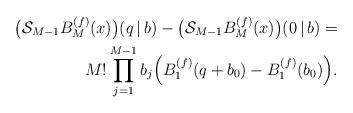
LaTeX: \begin{align*}\bigl(\mathcal{S}_{M-1} B^{(f)}_{M}(x)\bigr)(q\,|\,b) - \bigl(\mathcal{S}_{M-1} B^{(f)}_{M}(x)\bigr)(0\,|\,b) = \\ M! \prod\limits_{j=1}^{M-1} b_j \Bigl( B^{(f)}_{1}(q+b_0)- B^{(f)}_{1}(b_0)\Bigr).\end{align*}